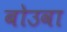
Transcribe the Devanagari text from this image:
बोउवा